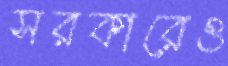
সরকারেও